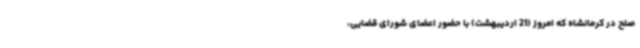
صلح در کرمانشاه که امروز (21 اردیبهشت) با حضور اعضای شورای قضایی،